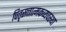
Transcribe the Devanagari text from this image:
पितृसत्तात्मकव्यवस्था